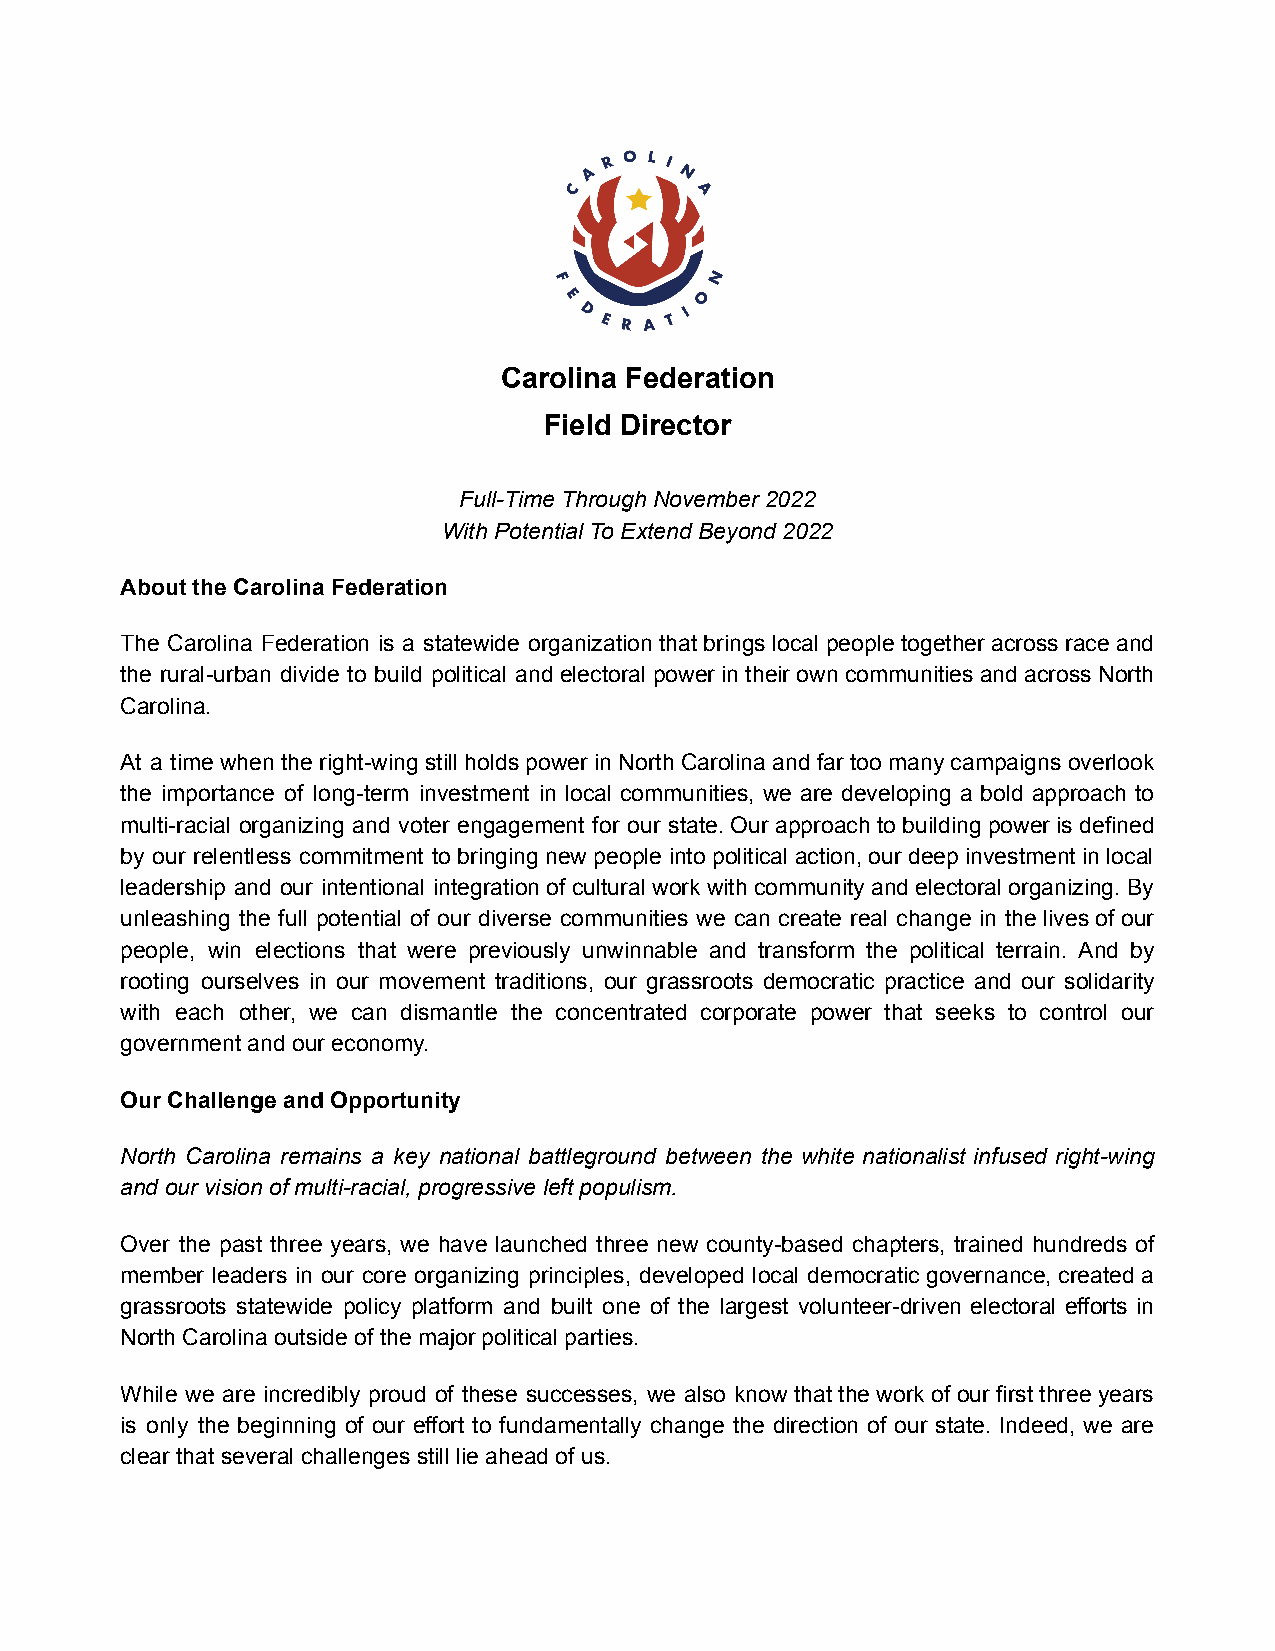
Carolina Federation
 Field Director
 Full-Time Through November 2022
 With Potential To Extend Beyond 2022
 About the Carolina Federation
 The Carolina Federation is a statewide organization that brings local people together across race and
 the rural-urban divide to build political and electoral power in their own communities and across North
 Carolina.
 At a time when the right-wing still holds power in North Carolina and far too many campaigns overlook
 the importance of long-term investment in local communities, we are developing a bold approach to
 multi-racial organizing and voter engagement for our state. Our approach to building power is defined
 by our relentless commitment to bringing new people into political action, our deep investment in local
 leadership and our intentional integration of cultural work with community and electoral organizing. By
 unleashing the full potential of our diverse communities we can create real change in the lives of our
 people, win elections that were previously unwinnable and transform the political terrain. And by
 rooting ourselves in our movement traditions, our grassroots democratic practice and our solidarity
 with each other, we can dismantle the concentrated corporate power that seeks to control our
 government and our economy.
 Our Challenge and Opportunity
 North Carolina remains a key national battleground between the white nationalist infused right-wing
 and our vision of multi-racial, progressive left populism.
 Over the past three years, we have launched three new county-based chapters, trained hundreds of
 member leaders in our core organizing principles, developed local democratic governance, created a
 grassroots statewide policy platform and built one of the largest volunteer-driven electoral efforts in
 North Carolina outside of the major political parties.
 While we are incredibly proud of these successes, we also know that the work of our first three years
 is only the beginning of our effort to fundamentally change the direction of our state. Indeed, we are
 clear that several challenges still lie ahead of us.